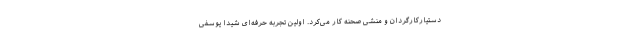
دستیارکارگردان و منشی صحنه کار می‌کرد. اولین تجربه حرفه‌ای شیدا یوسفی